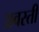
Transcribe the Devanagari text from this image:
अवस्ती